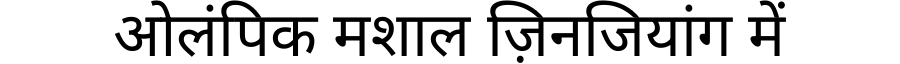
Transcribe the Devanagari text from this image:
ओलंपिक मशाल ज़िनजियांग में